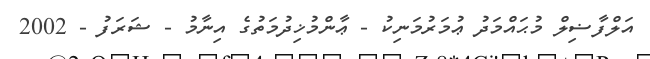
އަލްފާޟިލް މުޙައްމަދު ޢުމަރުމަނިކު - ޢާންމުޚިދުމަތުގެ އިނާމު - ޝަރަފު - 2002